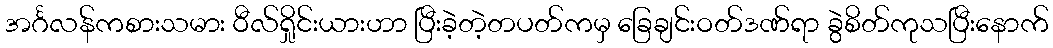
အင်္ဂလန်ကစားသမား ဝီလ်ရှိုင်းယားဟာ ပြီးခဲ့တဲ့တပတ်ကမှ ခြေချင်းဝတ်ဒဏ်ရာ ခွဲစိတ်ကုသပြီးနောက်